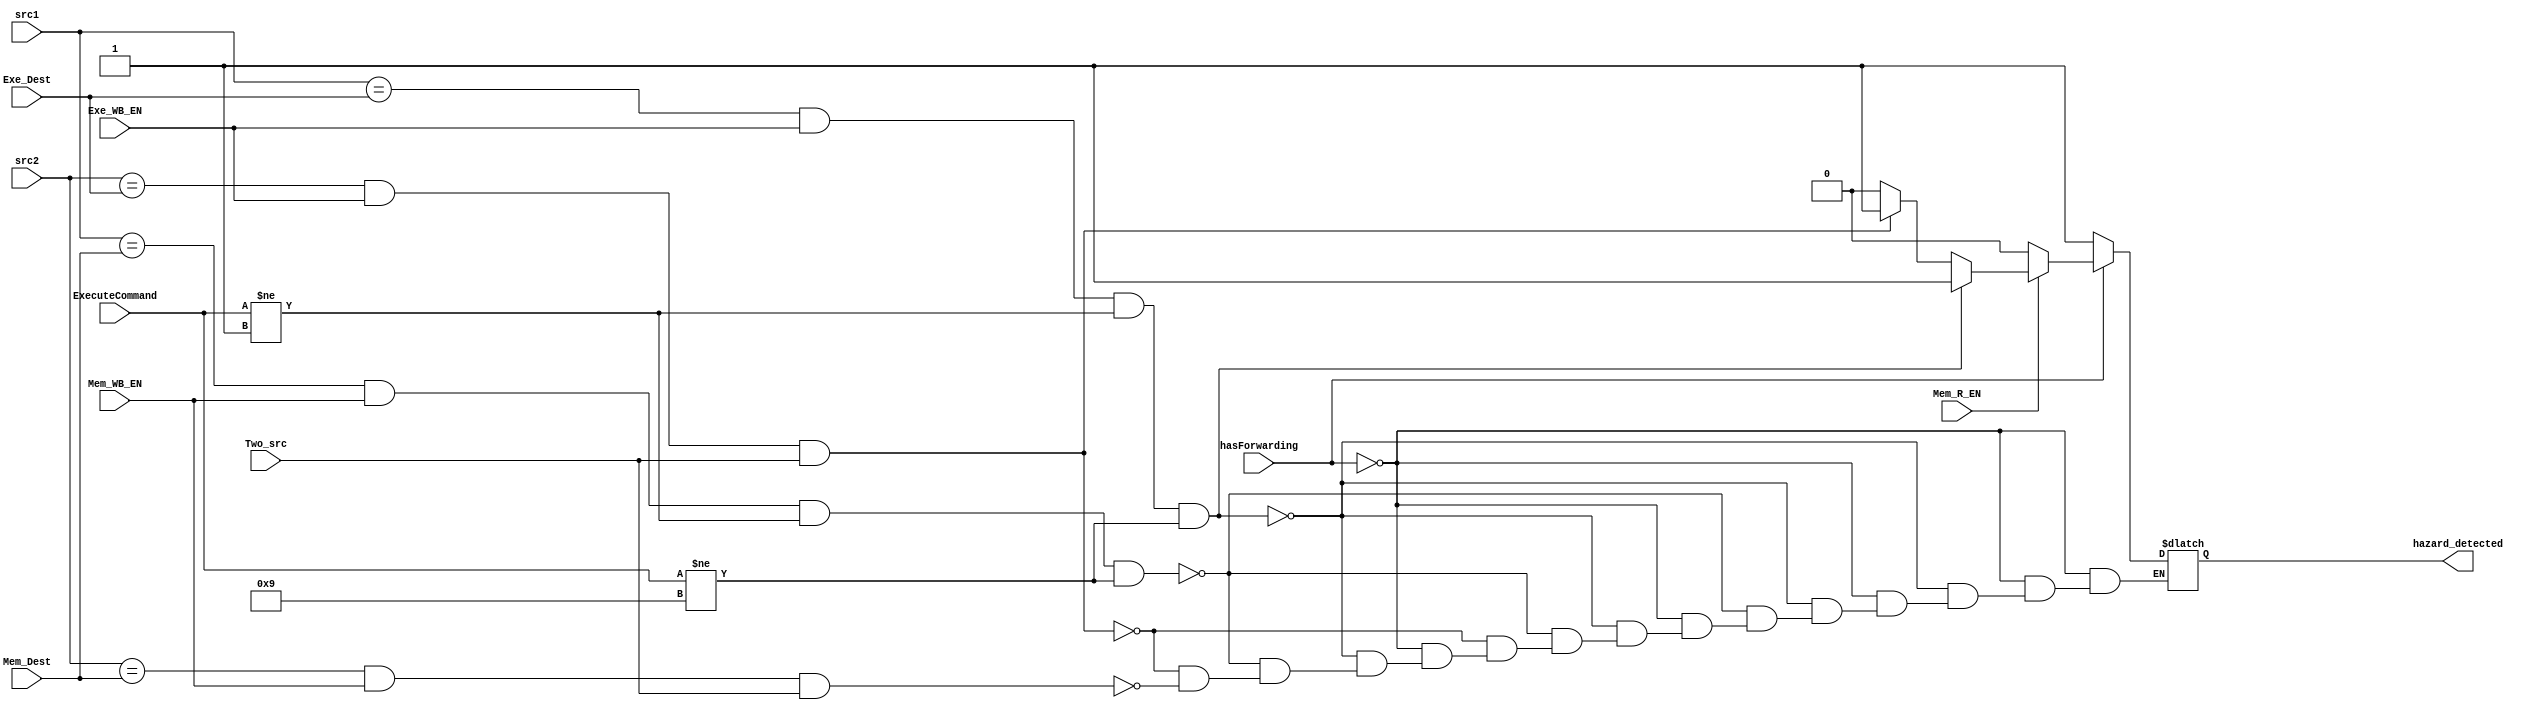
module hazard_Detection_Unit
(
input [3:0]src1,
input [3:0]src2,
input [3:0]Exe_Dest,
input Exe_WB_EN,
input [3:0] Mem_Dest,
input Mem_WB_EN,
input Mem_R_EN, // out exec_stage
input Two_src,
input [3:0]ExecuteCommand, // ExecuteCommand[Id stage] in order to check weather a source of a command is important or not.
input hasForwarding, // the core has forwarding unit or not
output reg hazard_detected
);

parameter[3:0]  MOV = 4'b0001, MVN = 4'b1001; // MOV and MVN execution code

always@(*)
begin
	if(hasForwarding==1'b0)
	begin
		if(src1 == Exe_Dest && Exe_WB_EN==1'b1 && ExecuteCommand != MOV && ExecuteCommand != MVN)
			hazard_detected = 1'b1;
		else if(src1 == Mem_Dest && Mem_WB_EN==1'b1 && ExecuteCommand != MOV && ExecuteCommand != MVN)
			hazard_detected = 1'b1;
		else if(src2 == Exe_Dest && Exe_WB_EN==1'b1 && Two_src==1'b1)
			hazard_detected = 1'b1;
		else if(src2 == Mem_Dest && Mem_WB_EN==1'b1 && Two_src==1'b1)
			hazard_detected = 1'b1;
	end
	else if(hasForwarding==1'b1) // we have forwarding unit, but we must handel the command after the LDR which has dependency with load
	begin
		if(Mem_R_EN==1'b1) // so the command in exec_unit is LDR
		//Then we have to check while the last command is LDR(in the exec unit), the command in ID stage has dependency with LDR or not
		begin
			if(src1 == Exe_Dest && Exe_WB_EN==1'b1 && ExecuteCommand != MOV && ExecuteCommand != MVN)
				hazard_detected = 1'b1;
			else if(src2 == Exe_Dest && Exe_WB_EN==1'b1 && Two_src==1'b1)
				hazard_detected = 1'b1;
			else
				hazard_detected = 1'b0;
		end
		else
			hazard_detected = 1'b0;
	end
	else
		hazard_detected = 1'b0;
end


endmodule